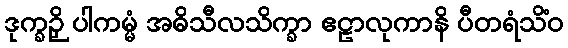
ဒုက္ခဉှိ ပါကမ္မံ အဓိသီလသိက္ခာ ဧဠာလုကာနိ ပီတရံသိံဝ